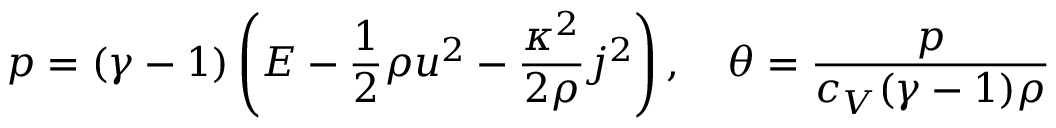
p = ( \gamma - 1 ) \left( E - \frac { 1 } { 2 } \rho u ^ { 2 } - \frac { \kappa ^ { 2 } } { 2 \rho } j ^ { 2 } \right) , \quad \theta = \frac { p } { c _ { V } ( \gamma - 1 ) \rho }